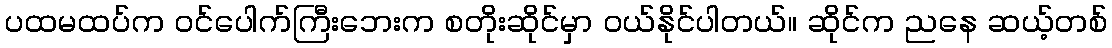
ပထမထပ်က ဝင်ပေါက်ကြီးဘေးက စတိုးဆိုင်မှာ ဝယ်နိုင်ပါတယ်။ ဆိုင်က ညနေ ဆယ့်တစ်